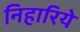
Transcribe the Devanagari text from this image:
निहारिये